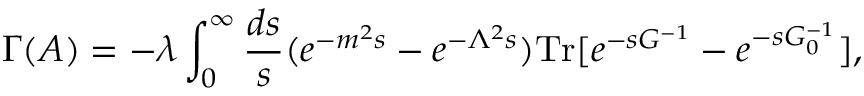
\Gamma ( A ) = - \lambda \int _ { 0 } ^ { \infty } { \frac { d s } { s } } ( e ^ { - m ^ { 2 } s } - e ^ { - \Lambda ^ { 2 } s } ) \mathrm { T r } [ e ^ { - s G ^ { - 1 } } - e ^ { - s G _ { 0 } ^ { - 1 } } ] ,